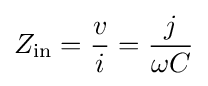
Z_{\text{in}}={v \over i}={j \over {\omega C}}